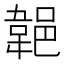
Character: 𨜢